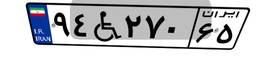
۹۴W۲۷۰۶۵